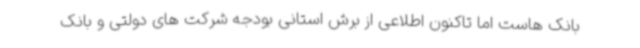
بانک هاست اما تاکنون اطلاعی از برش استانی بودجه شرکت های دولتی و بانک